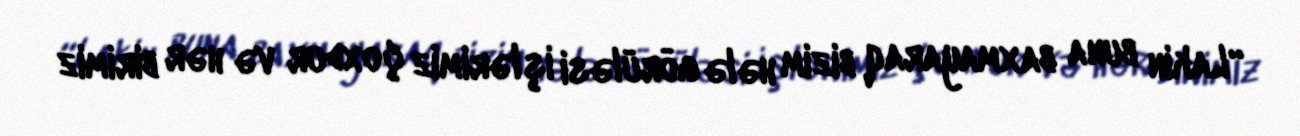
“Lakin buna baxmayaraq bizim hələ görüləsi işlərimiz çoxdur və hər birimiz